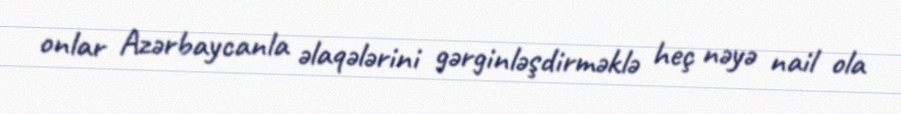
onlar Azərbaycanla əlaqələrini gərginləşdirməklə heç nəyə nail ola